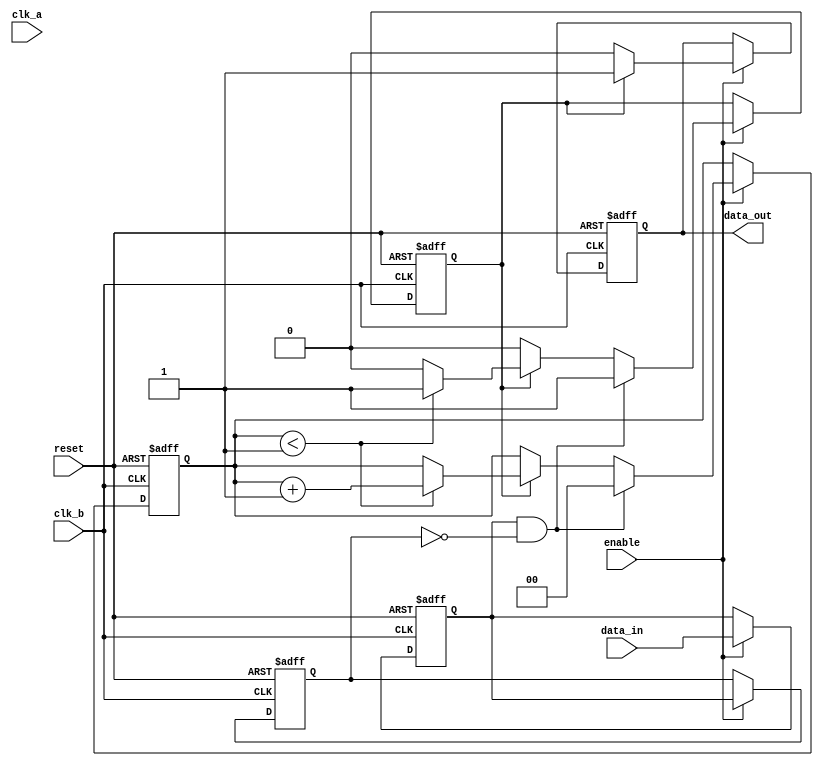
module pulsed_synchronizer #(
    parameter PULSE_WIDTH = 2 // Adjust pulse width as needed
)(
    input wire clk_a,            // Clock domain A
    input wire clk_b,            // Clock domain B
    input wire data_in,          // Data input from clk_a domain
    input wire reset,            // Asynchronous reset
    input wire enable,           // Enable signal for synchronization
    output reg data_out          // Synchronized data output to clk_b domain
);

    reg data_in_sync1;           // First stage of synchronization
    reg data_in_sync2;           // Second stage of synchronization
    reg pulse;                   // Pulse signal in clk_b domain
    reg [1:0] pulse_counter;      // Counter for pulse width control

    // Asynchronous reset and synchronization process for clk_b domain
    always @(posedge clk_b or posedge reset) begin
        if (reset) begin
            data_out <= 1'b0;     // Reset data_out
            data_in_sync1 <= 1'b0; // Reset synchronized data
            data_in_sync2 <= 1'b0; // Reset second stage
            pulse <= 1'b0;         // Reset pulse
            pulse_counter <= 2'b00; // Reset pulse counter
        end else if (enable) begin
            // Capture the synchronized data from clk_a domain
            data_in_sync1 <= data_in; // First flip-flop
            data_in_sync2 <= data_in_sync1; // Second flip-flop
            
            // Generate pulse based on the first stage synchronization
            if (data_in_sync1 && !data_in_sync2) begin
                pulse <= 1'b1; // Start pulse
                pulse_counter <= 2'b00; // Reset pulse counter
            end else if (pulse) begin
                if (pulse_counter < PULSE_WIDTH - 1) begin
                    pulse_counter <= pulse_counter + 1; // Increment pulse counter
                end else begin
                    pulse <= 1'b0; // End pulse after defined width
                end
            end

            // Assign the output based on the pulse signal
            data_out <= pulse ? 1'b1 : 1'b0;
        end
    end

endmodule